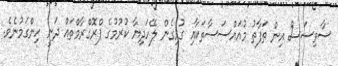
ސާވިސަސް އިން ތަފާތު މުއައްސަސާތަކާއި ގުޅިގެން ލޭހަދިޔާ ކުރުމުގެ ޕްރޮގްރާމްތައް ދަނީ ހިންގަމުނެވެ.